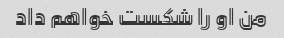
من او را شکست خواهم داد